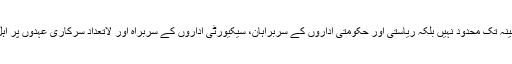
حکومت سازی وفاقی کابینہ تک محدود نہیں بلکہ ریاستی اور حکومتی اداروں کے سربراہان، سیکیورٹی اداروں کے سربراہ اور لاتعداد سرکاری عہدوں پر اہل لوگوں کی تقرریاں ہیں۔